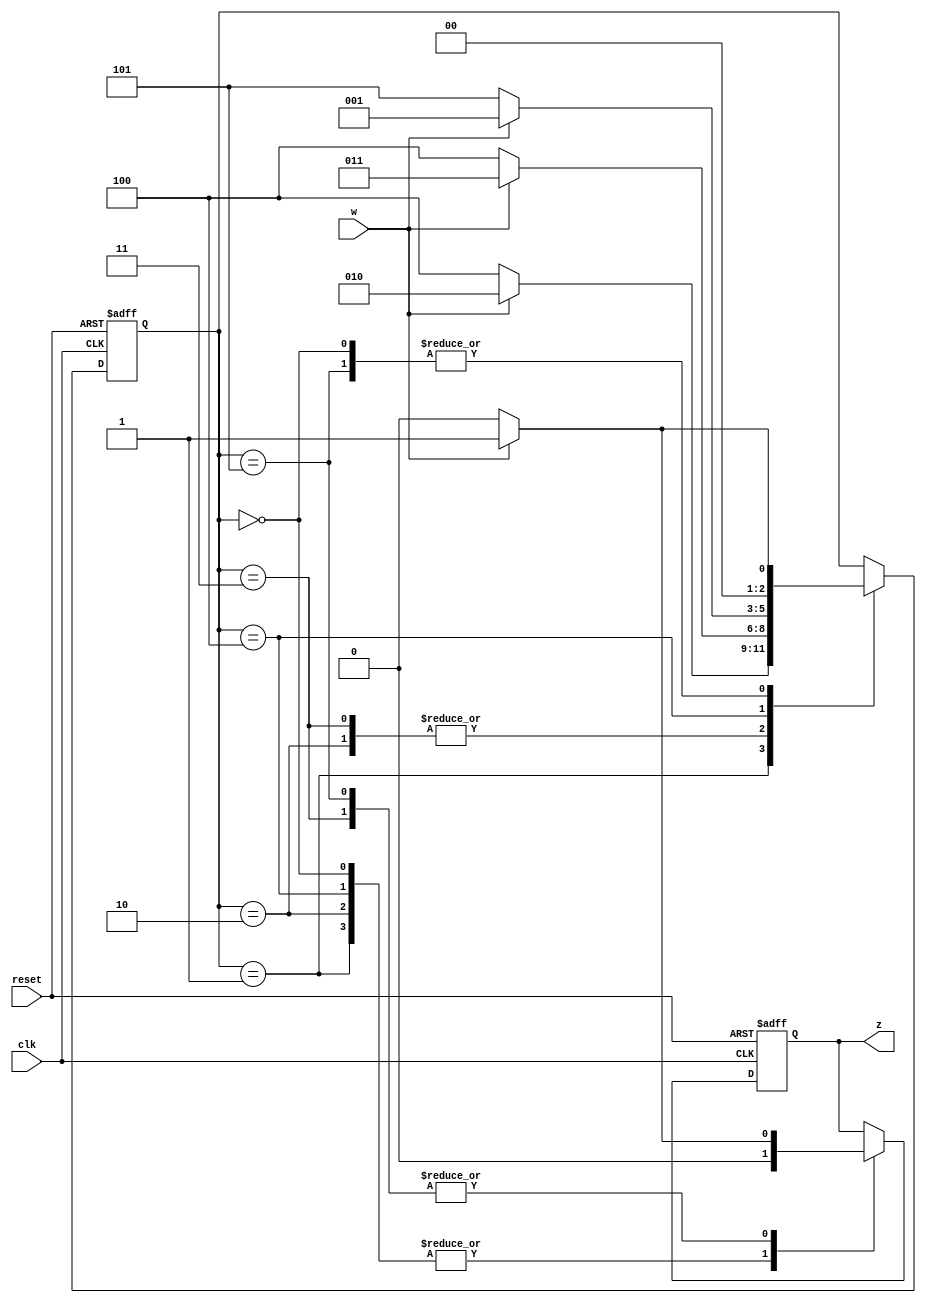
module mealy_fsm2_20101021(w, clk, reset, z);

	input w, clk, reset;
	output reg z;
	
	reg [2:0] present_state, next_state;
	
	parameter S0 = 3'b000, S1 = 3'b001, S2 = 3'b010, S3 = 3'b011, S4 = 3'b100, S5 = 3'b101;
	
	// state transition logic
	always @(posedge clk, posedge reset)
	begin
		if (reset == 1)
		begin
			present_state = S0;
			next_state = S0;
			z = 0;
		end
		else
		begin
			present_state = next_state;
			// next state estimation logic
			case(present_state)
				S0:
				if (w == 0)
				begin
					next_state = S0;
					z = 0;
				end
				else
				begin
					next_state = S1;
					z = 0;
				end
				S1:
				if (w == 0)
				begin
					next_state = S4;
					z = 0;
				end
				else
				begin
					next_state = S2;
					z = 0;
				end
				S2:
				if (w == 0)
				begin
					next_state = S4;
					z = 0;
				end
				else
				begin
					next_state = S3;
					z = 0;
				end

				S3:
				if (w == 0)
				begin
					next_state = S4;
					z = 0;
				end
				else
				begin
					next_state = S3;
					z = 1;
				end
				S4:
				if (w == 0)
				begin
					next_state = S5;
					z = 0;
				end
				else
				begin
					next_state = S1;
					z = 0;
				end
				S5:
				if (w == 0)
				begin
					next_state = S0;
					z = 0;
				end
				else
				begin
					next_state = S1;
					z = 1;
				end
			endcase
		end
	end
endmodule